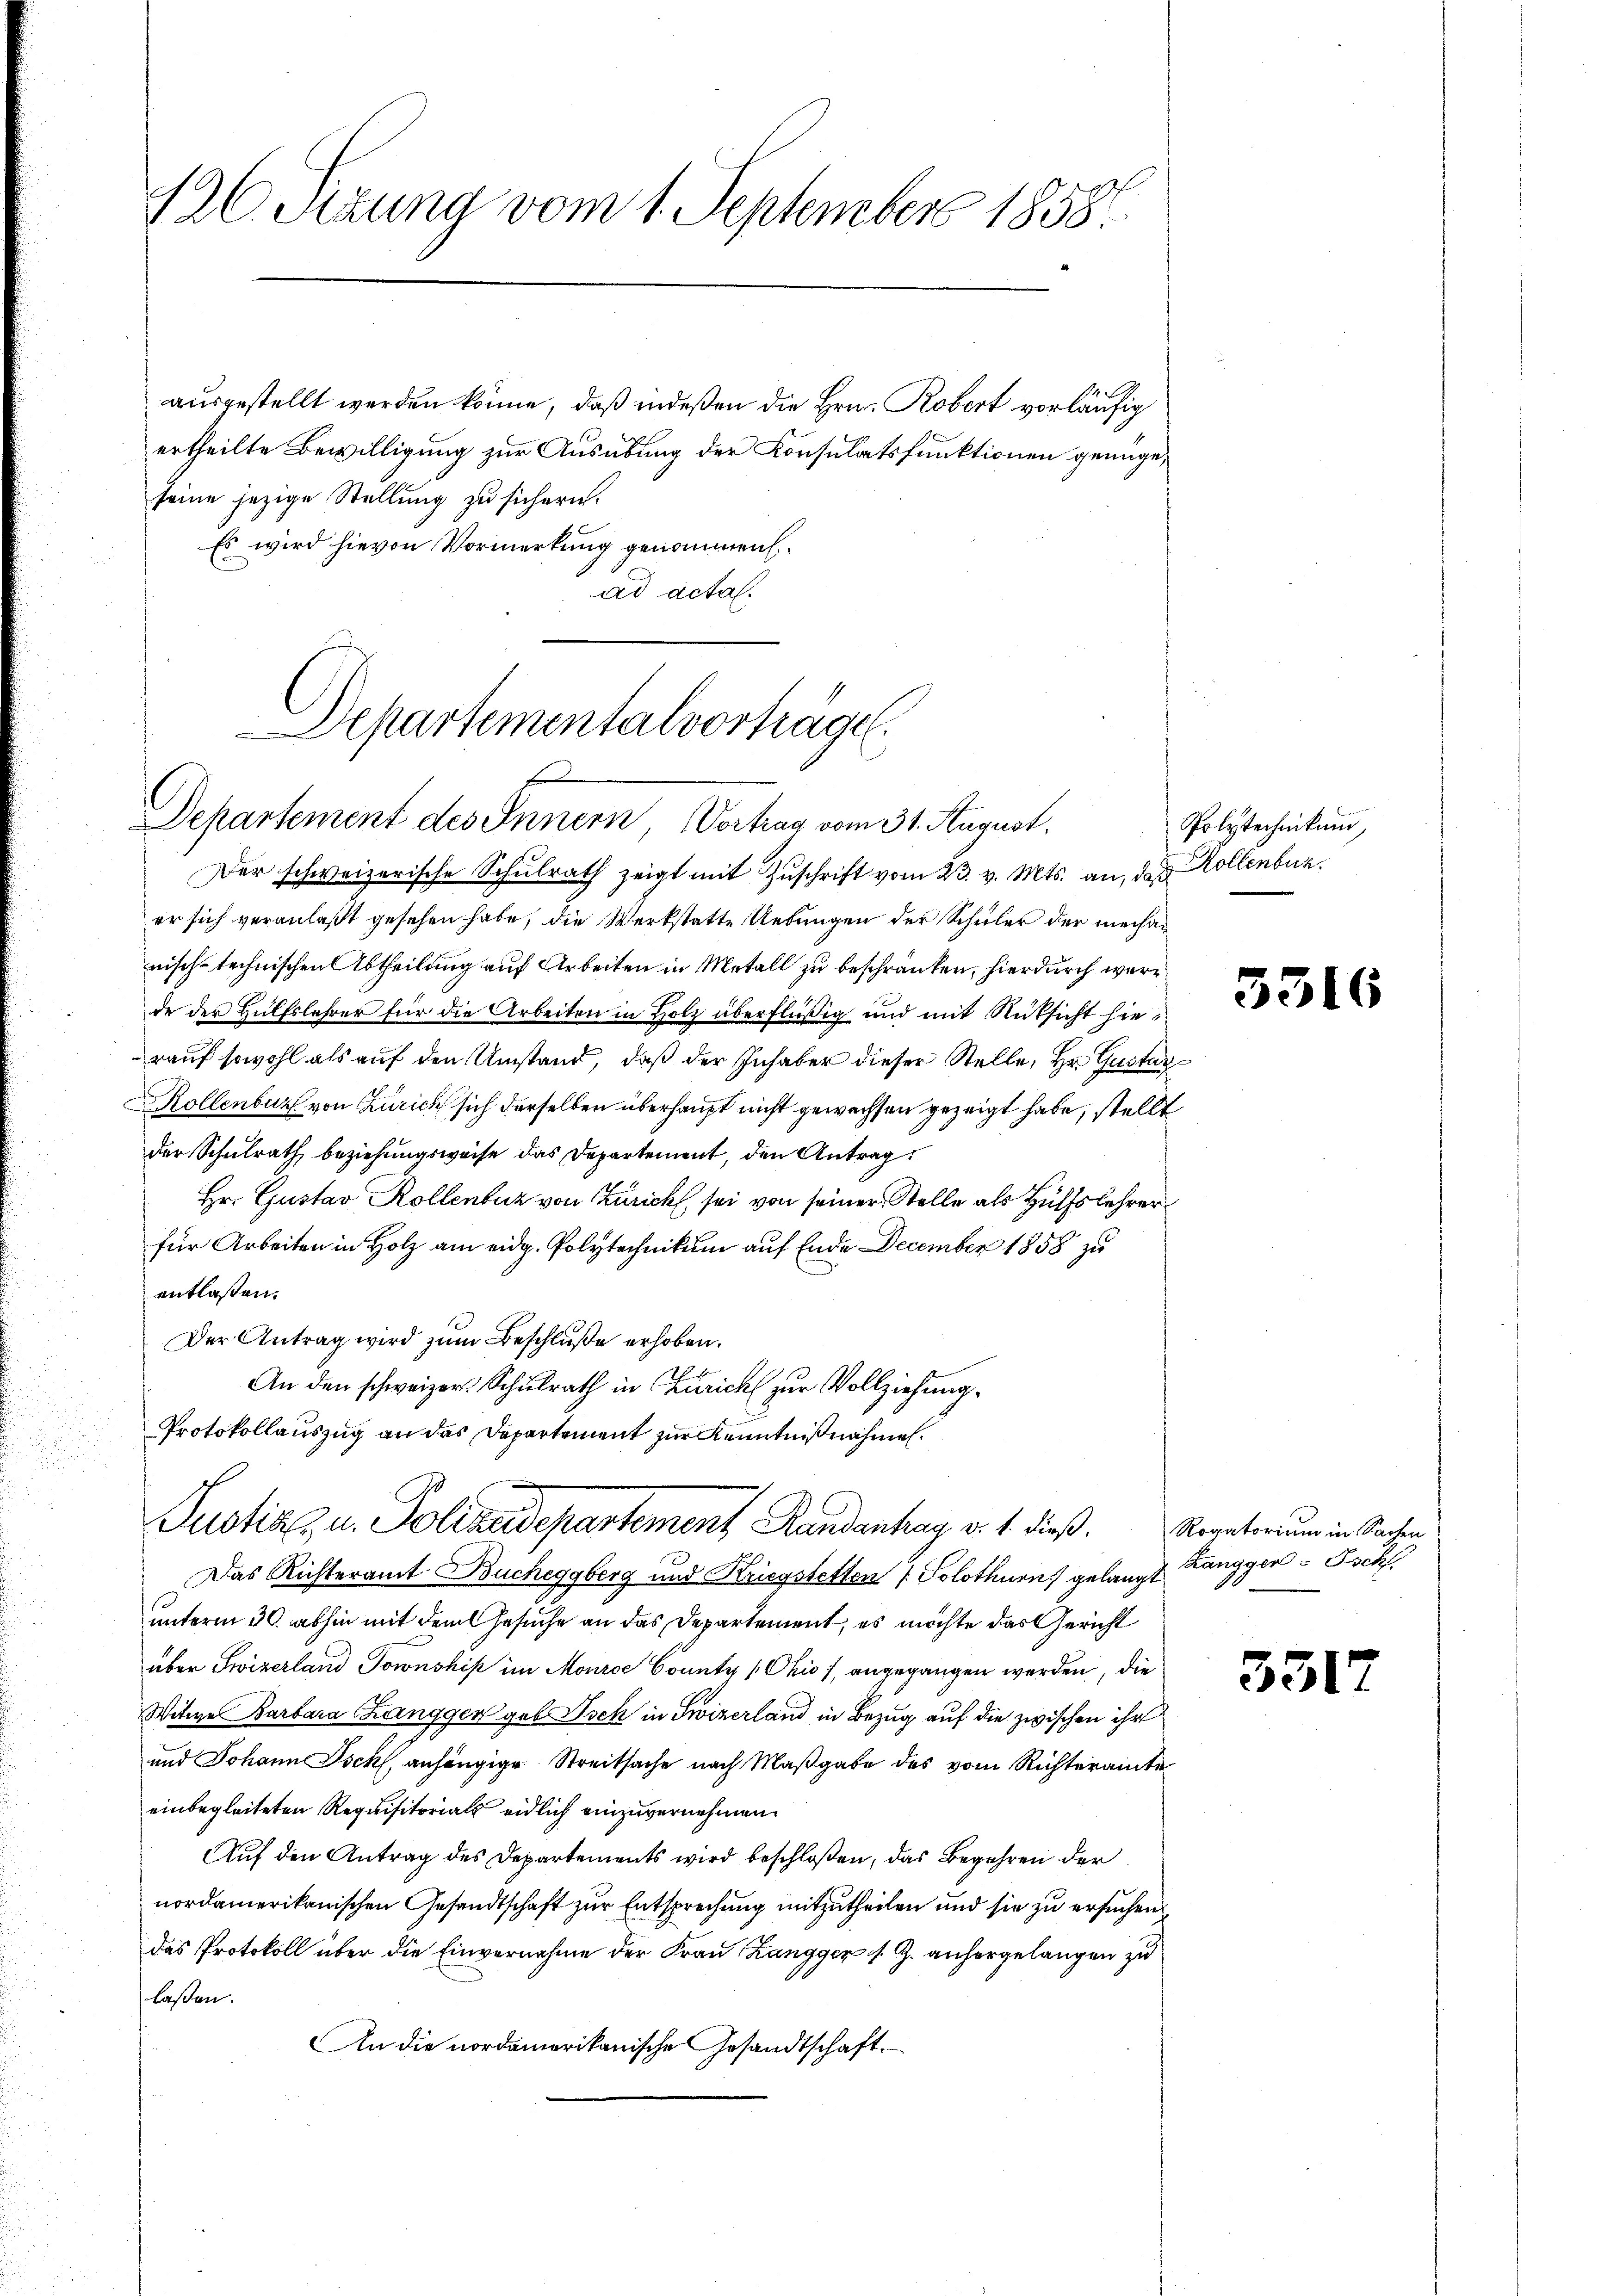
126. Stung vom 1. September 1858.

seine jezige Stellung zu sichern.
Es wird hievon Vormerkung genommen.
ad acta.
Der schweizerische Schulrath zeigt mit Zuschrift vom 23. v. Mts. an, das Kollenbur
er sich veranlaßt gesehen habe, die Werkstatte Uebungen der Schüler der mechan
nisch-technischen Abtheilung auf Arbeiten in Metall zu beschränken, hierdurch werde der Hülfslehrer für die Arbeiten in Holz überflüßig und mit Rüksicht hierauf sowohl als auf den Umstand, daß der Inhaber dieser Stelle, Hr. Gusta
Kollenburg von Zürich sich derselben überhaupt nicht gewachsen gezeigt habe, stelle
der Schulrath beziehungsweise das Departement, den Antrag
Hr. Gustav Rollenbuz von Zürich sei von seiner Stelle als Hülfslehrer
für Arbeiten in Holz am eidg. Polytechnikum auf Ende December 1858 zu
entlaßen.
Der Antrag wird zum Beschluße erhoben.
An den schweizer Schulrath in Zürich zur Vollziehung
Protokollauszug an das Departement zur Kenntnißnahmen.
Justiz u. Polizeidepartement Handenhag v. 1. dieß.
 Das Richteramt Bucheggberg und Kriegstetten 7. Solothurn gelangt Zangger-Tock
unterm 30. abhin mit dem Gesuche an das Departement, es möchte das Gericht
über Swiserland Jownshik im Monrce County /Chio /, angegangen werden, die
Witwe Barbara Langgen geb. Isch in Swizerland in Bezug auf die zwischen ihr
und Johann Ischl, anhängige Streitsache nach Maßgabe des vom Richteramte
einbegleiteten Requisitorials eidlich einzuvernehmen.
Auf den Antrag des Departements wird beschloßen, das Begehren der
nordamerikanischen Gesandtschaft zur Entsprechung mitzutheilen und sie zu ersuchen
das Protokoll über die Einvernahme der Frau Zangger s. Z. anhergelangen zu
laßen.
An die nordamerikanische Gesandtschaft.

Departementalvorträge.
Departement des Innern, Vortrag vom 31. August.

ausgestellt werden könne, daß indeßen die Hrn. Robert vorläufig
ertheilte Bewilligung zur Ausübung der Konsulatsfunktionen genüge,

Polytechnikum,

3516

Rogatorium in Sachen

331